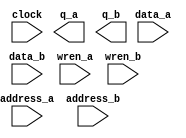
module mem (
	address_a,
	address_b,
	clock,
	data_a,
	data_b,
	wren_a,
	wren_b,
	q_a,
	q_b);

	input	[9:0]  address_a;
	input	[9:0]  address_b;
	input	  clock;
	input	[31:0]  data_a;
	input	[31:0]  data_b;
	input	  wren_a;
	input	  wren_b;
	output	[31:0]  q_a;
	output	[31:0]  q_b;
`ifndef ALTERA_RESERVED_QIS
// synopsys translate_off
`endif
	tri1	  clock;
	tri0	  wren_a;
	tri0	  wren_b;
`ifndef ALTERA_RESERVED_QIS
// synopsys translate_on
`endif

endmodule